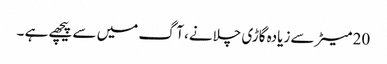
20 میٹر سے زیادہ گاڑی چلانے، آگ میں سے پیچھے ہے ۔